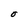
Character: O